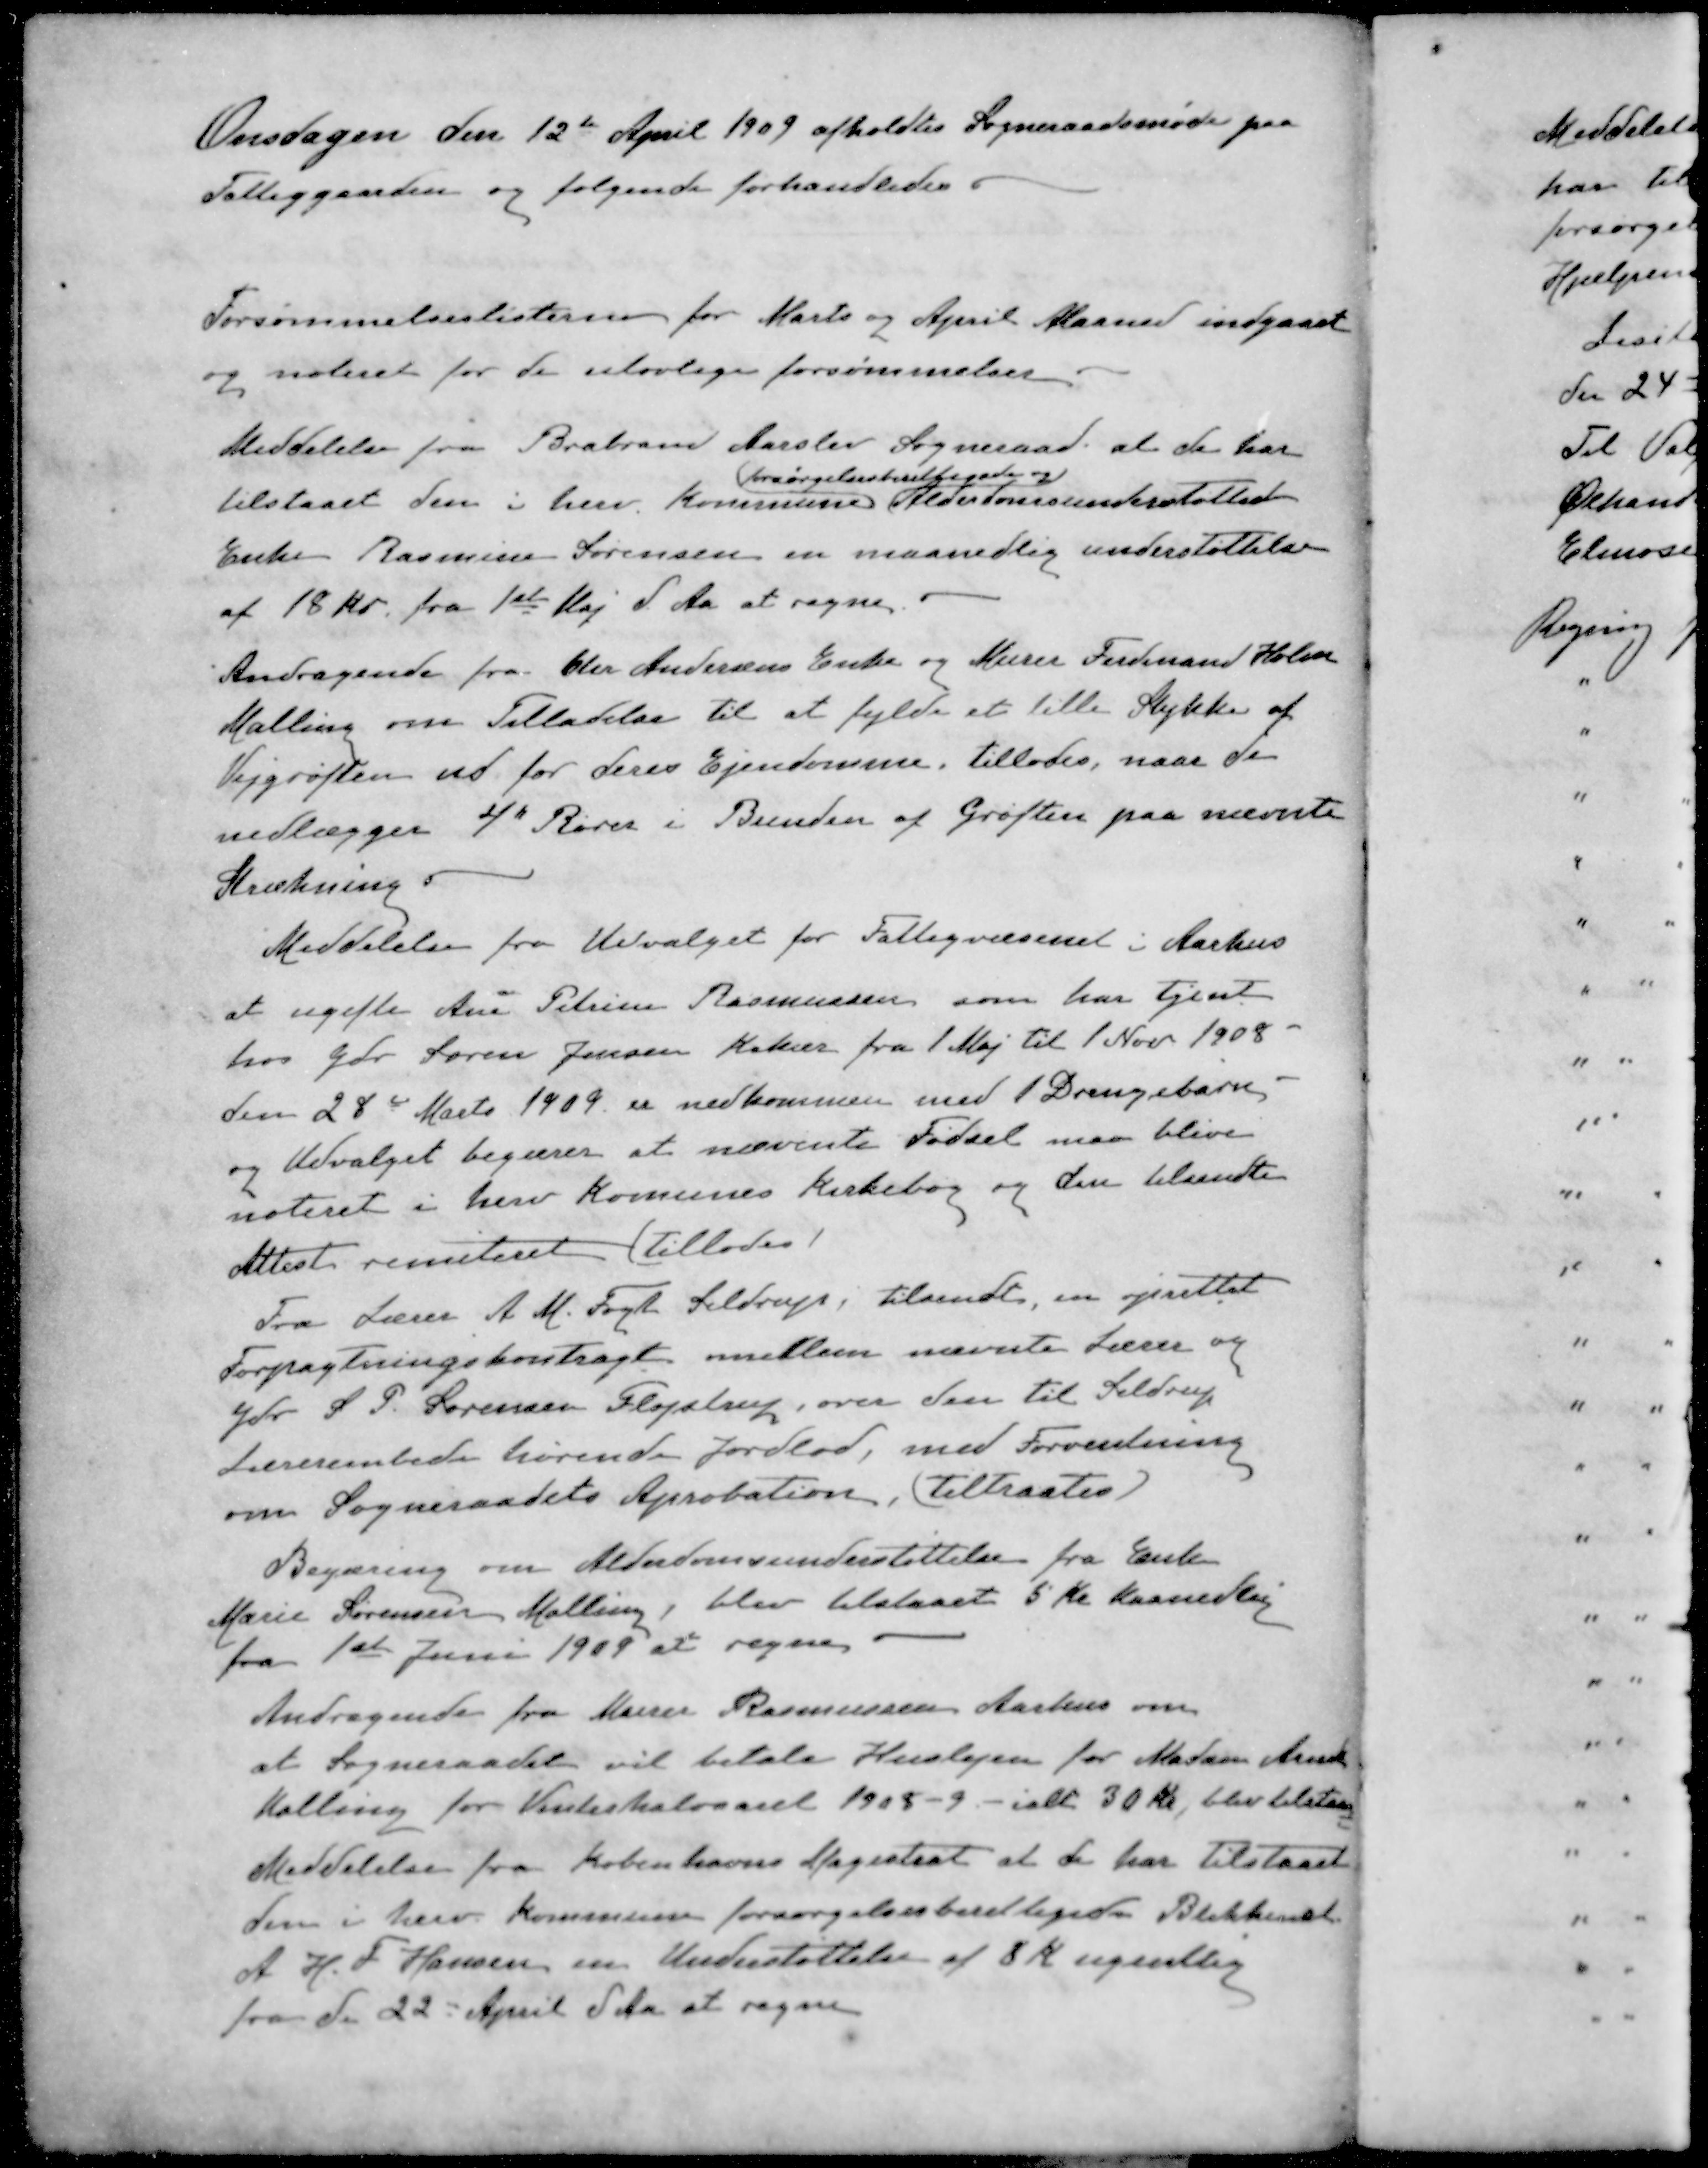
Transskription:
Onsdagen den 12te April 1909 afholdtes Sogneraadsmøde paa
Fattiggaarden og følgende forhandledes 
Forsømmelseslisterne for Marts og April Maaned indgaaet
og noteret for de ulovlige forsømmelser
Meddelelse fra Brabrand Aarslev Sogneraad at de har
Forsørgelsesberettigede og
tilstaaet den i herv. Kommune Alderdomsunderstøttede
Enke Rasmine Sørensen en maanedlig understøttelse
af 18 kr. fra 1ste Maj d. Aa at regne
Andragende fra Chr Andersens Enke og Murer Ferdinand Holm
Malling om Tilladelse til at fylde et lille Stykke af
Vejgrøften ud for deres Ejendomme, tillodes, naar de
nedlægger 4" Rører i Bunden af Grøften paa nævnte
Strækning
Meddelelse fra Udvalget for Fattigvæsenet i Aarhus
at ugifte Ane Petrine Rasmussen som har tjent
hos Gdr Søren Jensen Krekær fra 1 Maj til 1 Nov 1908.
den 28de Marts 1909 er nedkommen med 1 Drengebarn,
og Udvalget begærer at nævnte Fødsel maa blive
noteret i herv Komunes Kirkebog og den tilsendte
Attest remiteret (tillodes)
Fra Lærer A. M. Fogh Seldrup, tilsendt, en oprettet
Forpagtningskontragt mellem nævnte Lærer og
Gdr. S. P. Sørensen Fløjstrup, over den til Seldrup
Lærerembede hørende Jordlod, med Forventning
om Sogneraadets Aprobation, (tiltraates)
Begæring om Alderdomsunderstøttelse fra Enke
Marie Sørensen Malling, blev tilstaaet 5 Kr Maanedlig
fra 1ste Juni 1909 at regne
Andragende fra Murerr Rasmussen Aarhus om
at Sogneraadet vil betale Huslejen for Madam Arent
Malling for Vinterhalvaaret 1908- 9 - ialt 30 kr, blev tilstaaet
Meddelelse fra Københavns Magistrat at de har tilstaaet
den i herv. Kommune forsørgelsesberettigde Blikkensl
A. H. P. Hansen en Understøttelse af 8 Kr ugentlig
fra den 22 April d. Aa at regne